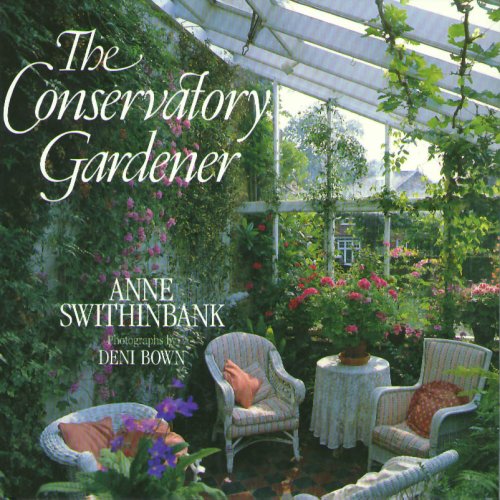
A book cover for The Conservatory Gardener; Anne Swithinbank; Crafts, Hobbies & Home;